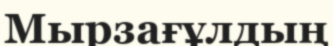
Мырзағұлдың